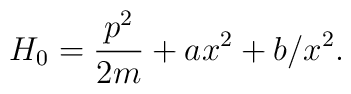
H_0  =\frac{p^2}{2m} + ax^2 + b/x^2    .